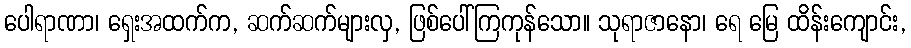
ပေါရာဏာ၊ ရှေးအထက်က, ဆက်ဆက်များလှ, ဖြစ်ပေါ်ကြကုန်သော။ သုရာဇာနော၊ ရေ မြေ ထိန်းကျောင်း,